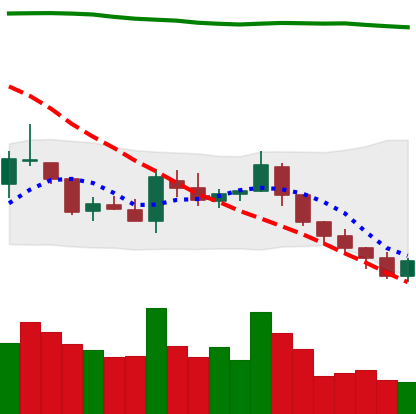
Ticker: TRX-USD
Chart end date: 2018-08-05
Forward return: -21.455%
Label: down_7plus